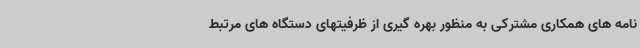
نامه های همکاری مشترکی به منظور بهره گیری از ظرفیتهای دستگاه های مرتبط